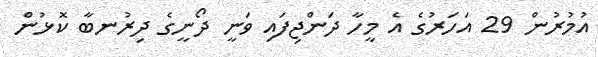
އުމުރުން 29 އަހަރުގެ އެ މީހާ ދަންޖިފައި ވަނީ ދޯނީގެ ދިރުނބާ ކޮޅުން